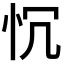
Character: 𢗑